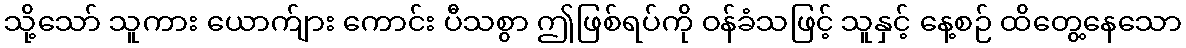
သို့သော် သူကား ယောက်ျား ကောင်း ပီသစွာ ဤဖြစ်ရပ်ကို ဝန်ခံသဖြင့် သူနှင့် နေ့စဉ် ထိတွေ့နေသော